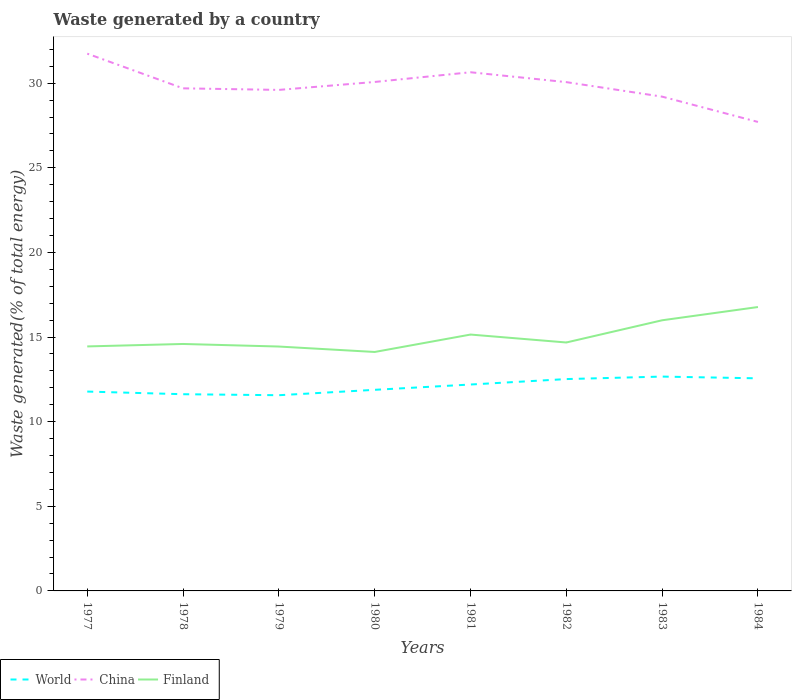
| Years | World | China | Finland |
 | --- | --- | --- | --- |
 | 1977 | 11.8 | 31.7 | 14.4 |
 | 1978 | 11.6 | 29.7 | 14.6 |
 | 1979 | 11.6 | 29.6 | 14.4 |
 | 1980 | 11.9 | 30.1 | 14.1 |
 | 1981 | 12.2 | 30.6 | 15.1 |
 | 1982 | 12.5 | 30.1 | 14.7 |
 | 1983 | 12.7 | 29.2 | 16 |
 | 1984 | 12.6 | 27.7 | 16.8 |